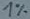
Text: 1%